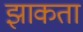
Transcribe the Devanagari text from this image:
झाकता